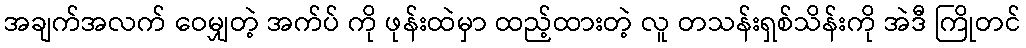
အချက်အလက် ဝေမျှတဲ့ အက်ပ် ကို ဖုန်းထဲမှာ ထည့်ထားတဲ့ လူ တသန်းရှစ်သိန်းကို အဲဒီ ကြိုတင်